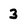
Character: 3